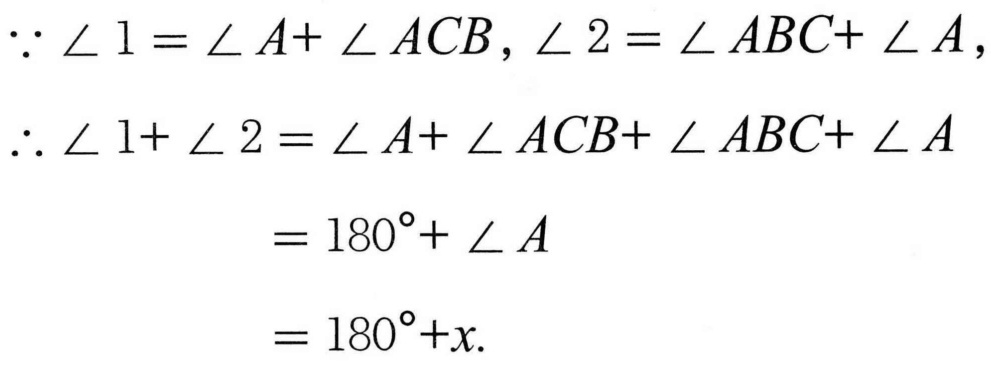
\[
\begin{align*}
\because \angle 1&=\angle A + \angle ACB, \angle 2=\angle ABC+\angle A,\\
\therefore \angle 1+\angle 2&=\angle A+\angle ACB+\angle ABC+\angle A\\
&= 180^{\circ}+\angle A\\
&= 180^{\circ}+x.
\end{align*}
\]